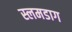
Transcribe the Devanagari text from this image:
स्लमडाग